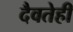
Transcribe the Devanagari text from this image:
दैवतेही